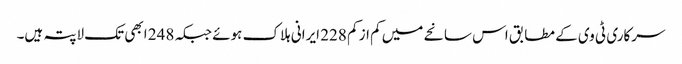
سرکاری ٹی وی کے مطابق اس سانحے میں کم از کم 228 ایرانی ہلاک ہوئے جبکہ 248 ابھی تک لاپتہ ہیں۔